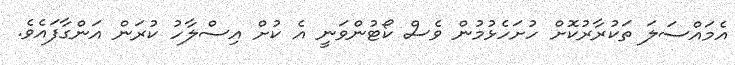
އެމައްސަލަ ތަކުރާރުކޮށް ހުށަހެޅުމުން ވެސް ކޯޓުންވަނީ އެ ކުށް އިސްލާހު ކުރަން އަންގާފައެވެ.